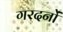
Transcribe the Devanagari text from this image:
गरदनों